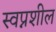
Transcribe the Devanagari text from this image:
स्वप्नशील